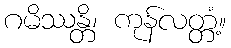
ဂမိဿန္တိ၊ ကုန်လတ္တံ့။